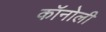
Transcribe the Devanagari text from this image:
कॉनोली